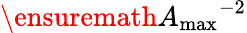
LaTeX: \ensuremath{A_{\mathrm{max}}}^{-2}